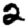
Digit: 2